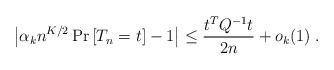
LaTeX: \begin{align*} \left| \alpha_k n^{K/2} \Pr\left[T_n = t\right] - 1 \right| \le \frac{t^T Q^{-1} t}{2n} + o_k(1) \; . \end{align*}